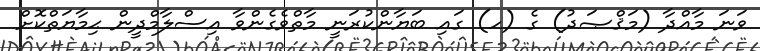
ވަނަ މާއްދާ (މަޤްޞަދު) ގެ (ހ) ގައި ބަޔާންކުރަނީ މާތްވެގެންވާ އިސްލާމްދީން ޙިމާޔަތްކޮށް